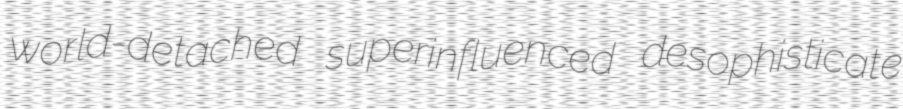
world-detached superinfluenced desophisticate